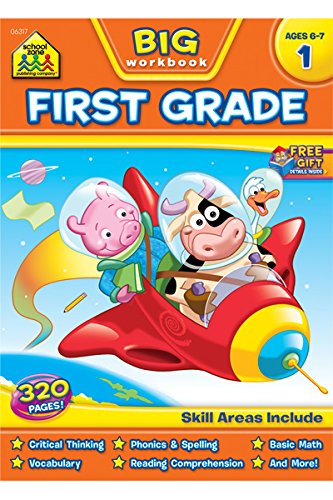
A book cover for First Grade Big Workbook! (Ages 6-7); School Zone Publishing Company Staff; Children's Books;